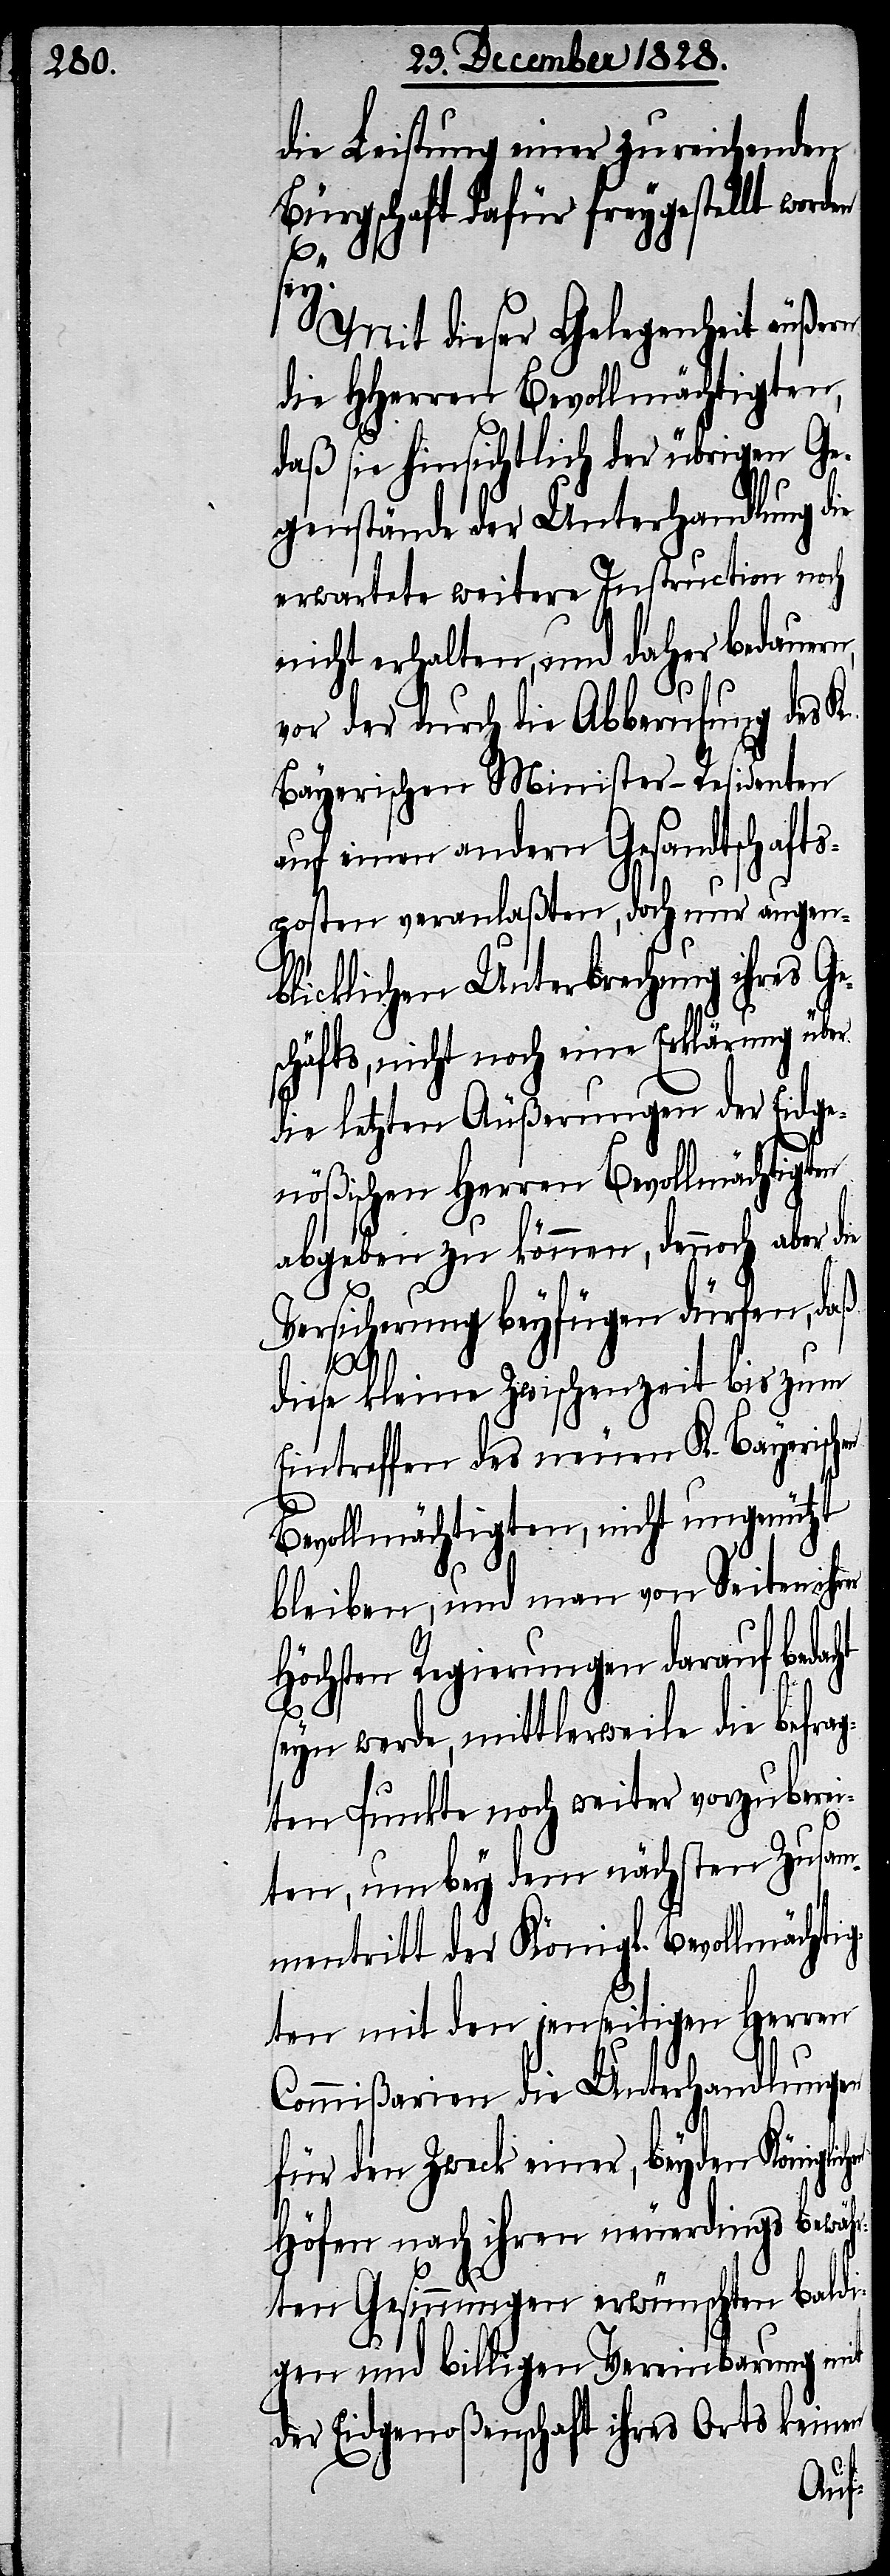
die Leistung einer zu reichenden
Bürgschaft dafür freygestellt worden
Mit dieser Gelegenheit äußern
die HHerren Bevollmächtigten,
daß sie hinsichtlich der übrigen Ge¬
genstände der Unterhandlung die
erwartete weitere Instruction noch
nicht erhalten, und daher bedauern,
vor der durch die Abberufung des K.
Bayerischen Minister-Residenten
auf einen andern Gesandtschafts¬
posten veranlaßten, noch nur augen¬
blicklichen Unterbrechung ihres Ge¬
schäfts, nicht noch eine Erklärung über
die letzten Äußerungen der Eidge¬
nößischen Herren Bevollmächtigten
abgeben zu können, dennoch aber die
Versicherung beyfügen dürfen, daß
ichen
diese kleine Zwischenzeit bis zum
Eintreffen des neuen K. Bayerischen
Bevollmächtigten, nicht ungenützt
bleiben, und man von Seiten ihrer
Höchsten Regierungen darauf bed¬
seyn werde, mittlerweile die befrag¬
ten Punkte noch weiter vorzuberei¬
ten, um bey dem nächsten Zusam¬
mentritt der Königl. Bevollmächtig¬
ten mit den jenseitigen Herren
Commißarien die Unterhandlungen
für den Zweck einer, beyden Königl¬
Höfen nach ihren neuerdings bewäh¬
rten Gesinnungen erwünschten baldi¬
gen und billigen Vereinbarung mit
der Eidgenoßenschaft ihres Orts keinen